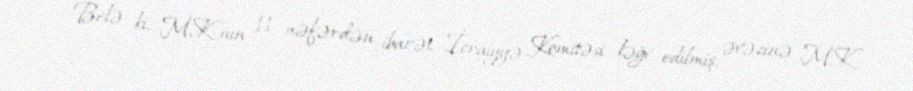
Belə ki, MK-nın 11 nəfərdən ibarət İcraiyyə Komitəsi ləğv edilmiş, əvəzinə MK